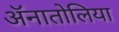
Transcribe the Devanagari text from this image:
ॲनातोलिया